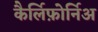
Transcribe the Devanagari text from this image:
कैर्लिफ़ोर्निअ